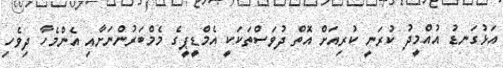
އަޅުގަނޑު އުއްމީދު ކުރަނީ ކުރިއަށް އޮތް ދުވަސްތަކަކީ އެމްޑީޕީގެ މެމްބަރުންނަށާއި އެންމެހާ ދިވެހި